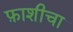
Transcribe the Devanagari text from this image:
फ़ाशीचा